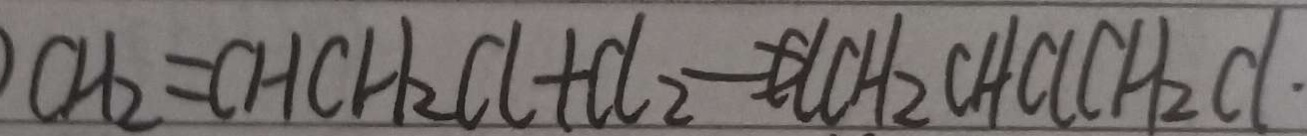
C H _ { 2 } = C H C H _ { 2 } C l + C l _ { 2 } \rightarrow C C H _ { 2 } C H C l C H _ { 2 } C l \cdot